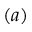
( a )